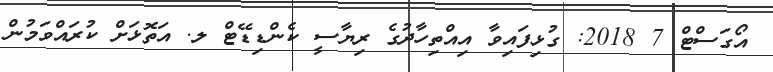
އޯގަސްޓް 7 2018: ގުޅިފައިވާ އިއްތިހާދުގެ ރިޔާސީ ކެންޑިޑޭޓް ލ. އަތޮޅަށް ކުރައްވަމުން